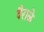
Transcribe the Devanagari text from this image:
वैराळे